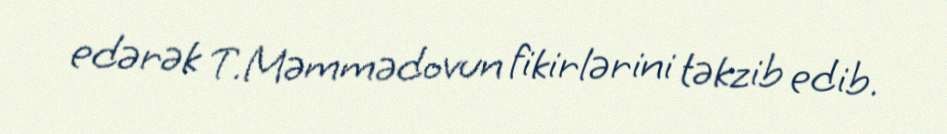
edərək T.Məmmədovun fikirlərini təkzib edib.